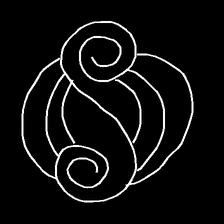
Glyph: wind-underfoot